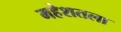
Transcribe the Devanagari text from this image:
महेशतला